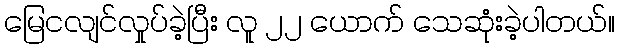
မြေငလျင်လှုပ်ခဲ့ပြီး လူ ၂၂ ယောက် သေဆုံးခဲ့ပါတယ်။